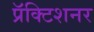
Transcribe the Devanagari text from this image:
प्रॅक्टिशनर